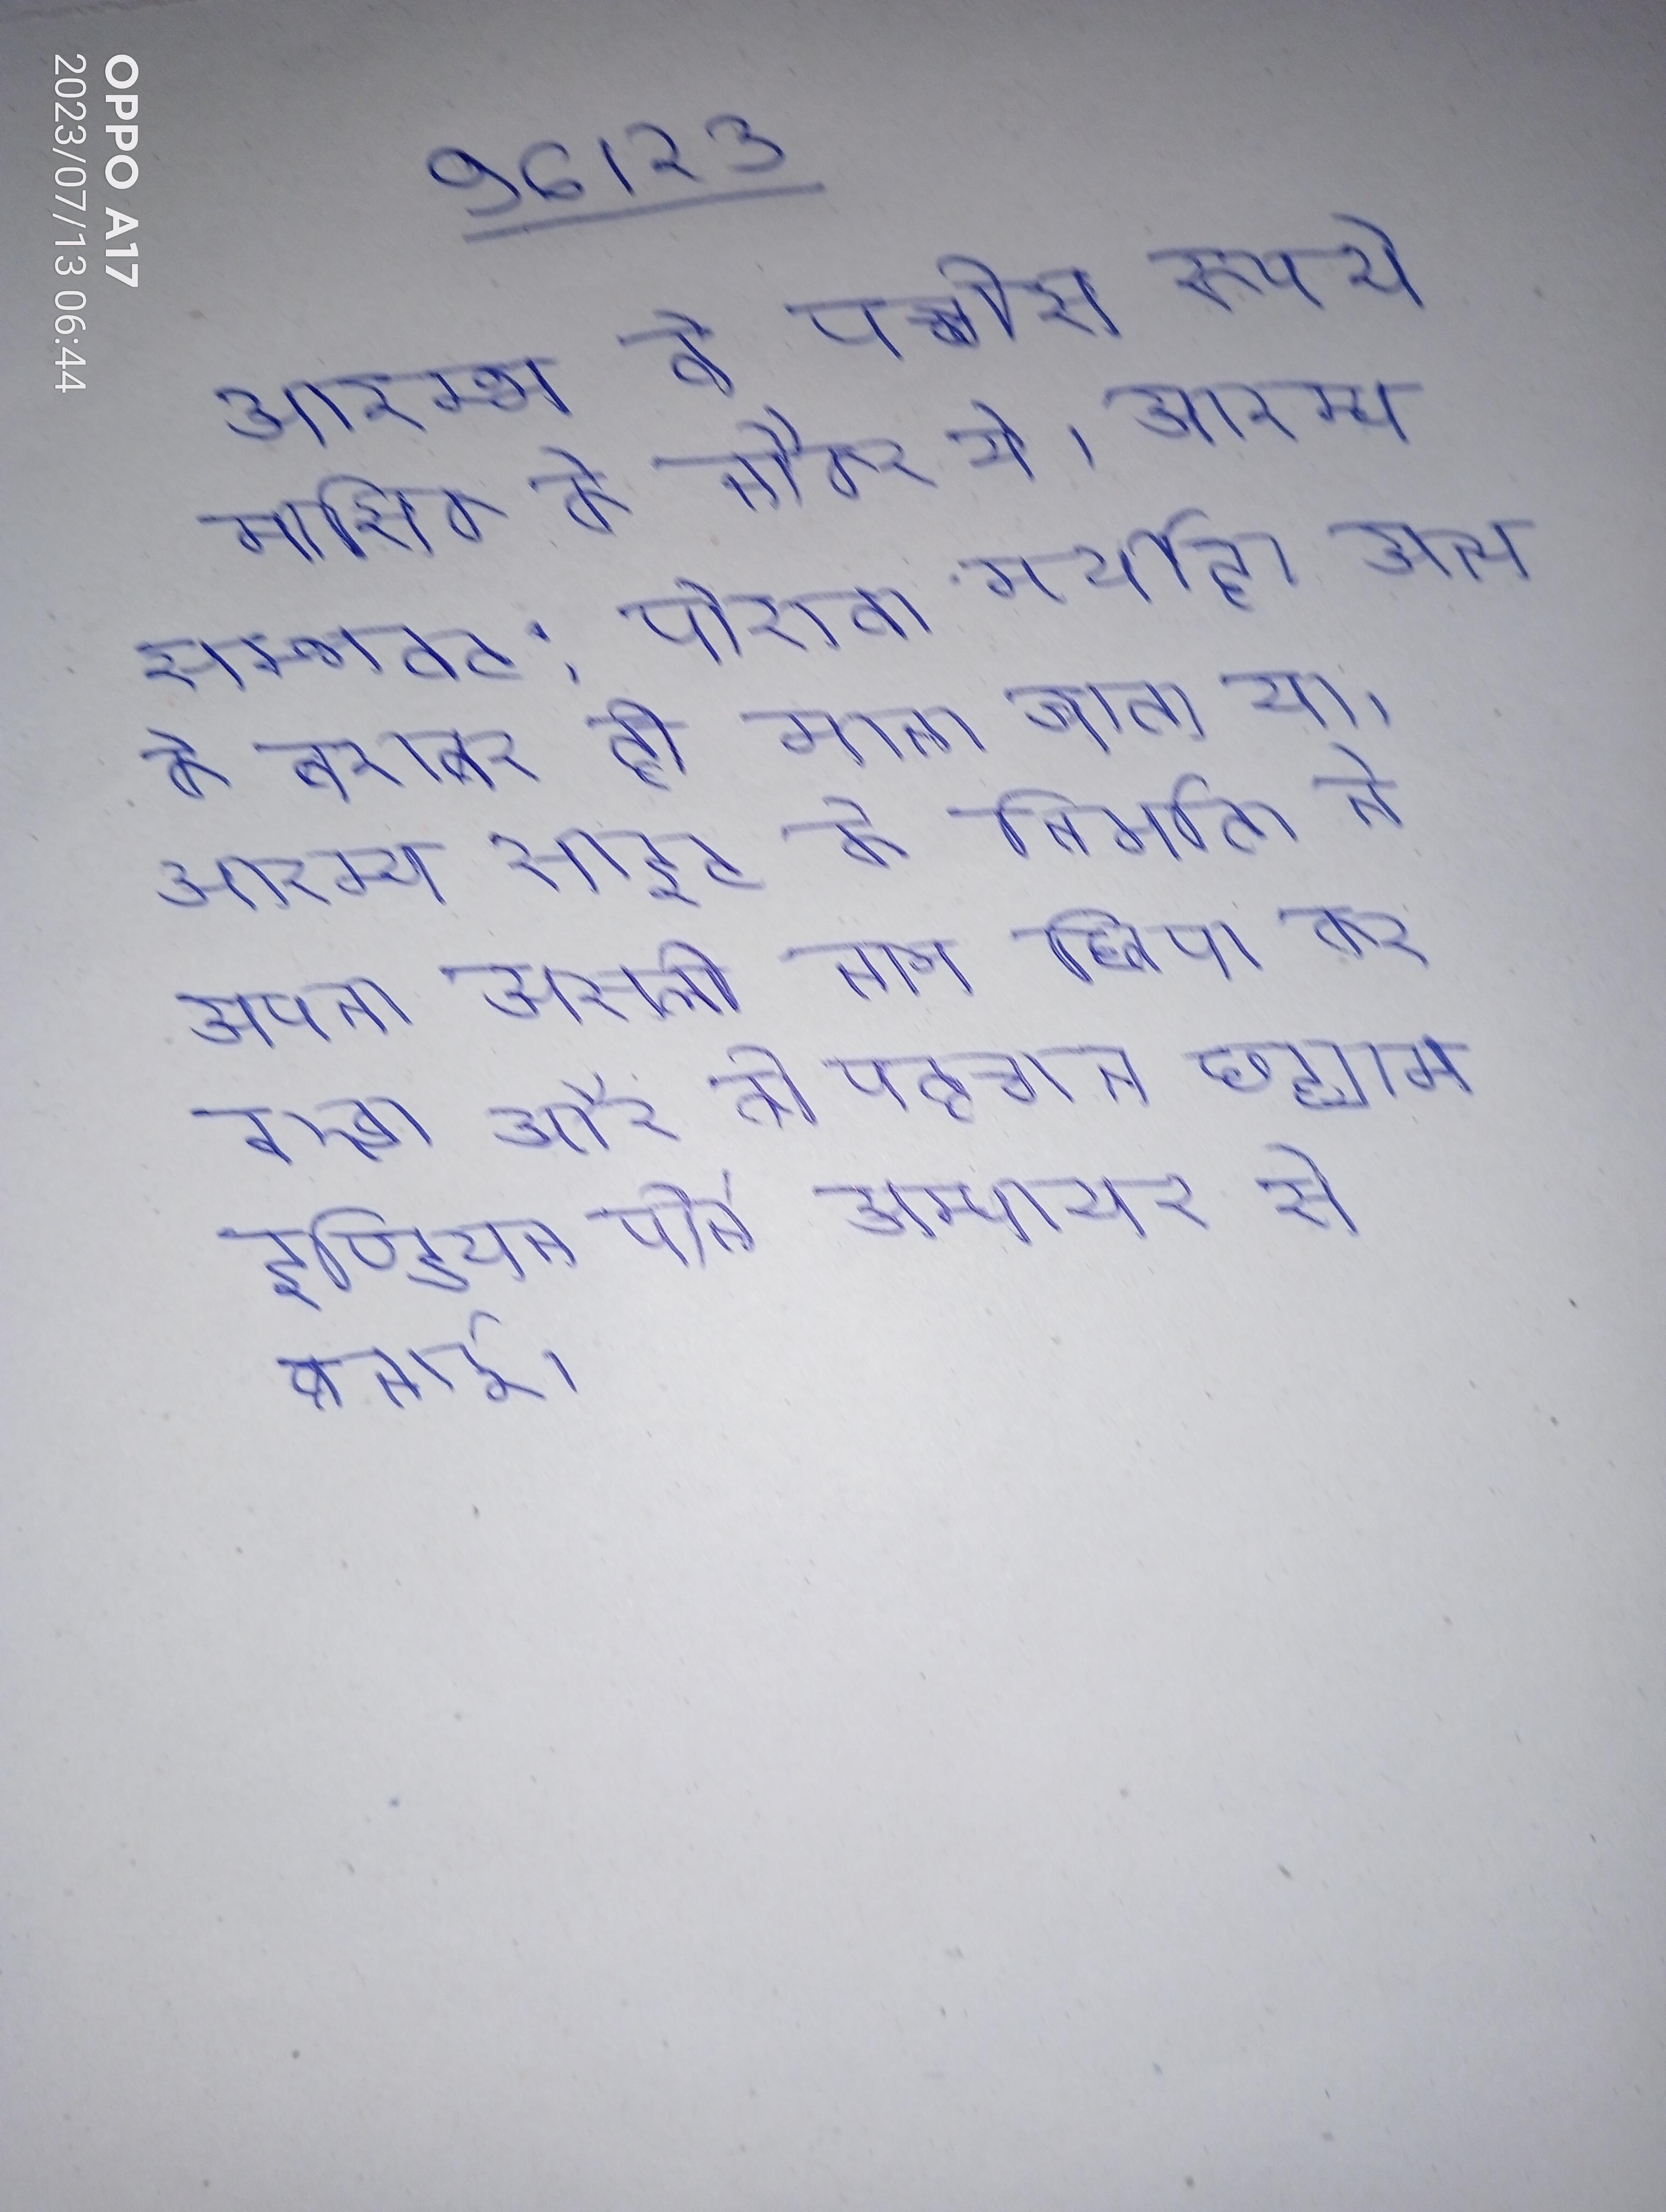
आरम्भ वे पच्चीस रुपये मासिक के नौकर थे । आरम्भ शास्त्रीय विषय ही उनके प्रिय विषय रहे । आरम्भ सम्भवत: पेशवा मर्यादा अन्य के बराबर ही माना जाता था । आरम्भ साइट के निर्माता ने अपना असली नाम छिपा कर रखा और की पहचान छद्मनाम इण्डियन पोर्न अम्पायर से बनाई ।